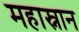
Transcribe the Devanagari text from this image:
महास्नान